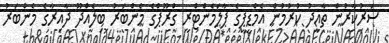
ސަރުކާރުން ތާއީދު ކުރުމުން އެމްޑީޕީގެ ޕާލަމެންޓްރީ ގްރޫޕްގެ މެންބަރު ބިލެއްދޫ ދާއިރާގެ މެންބަރު